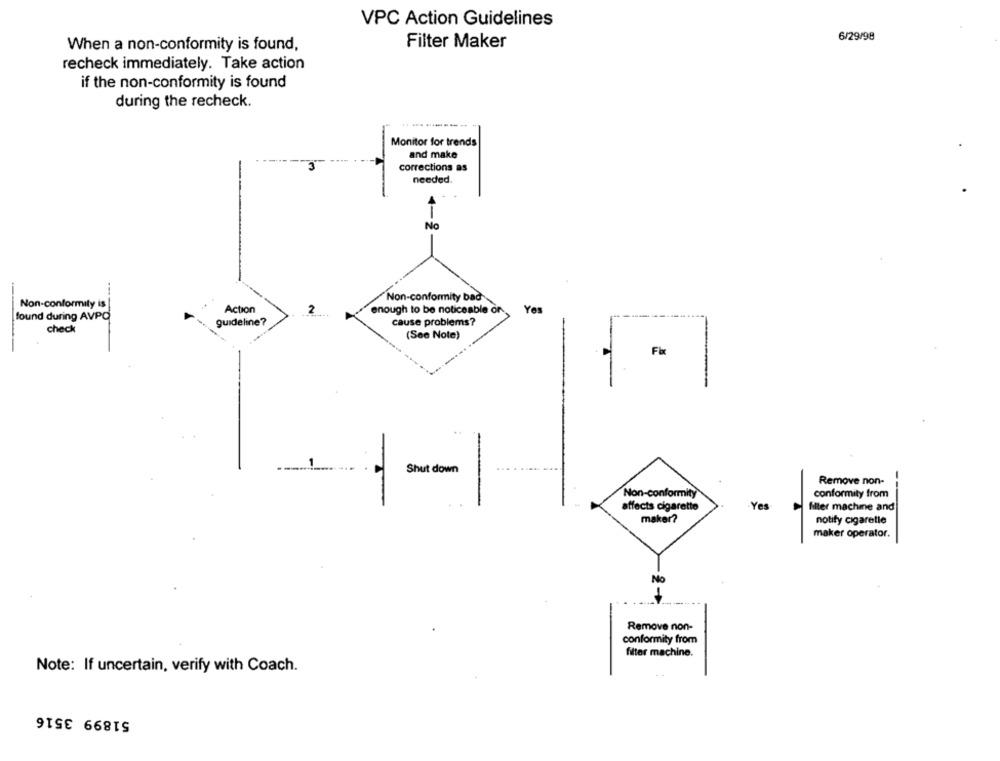
VPC Action Guidelines
6/29/98
Filter Maker
When a non-conformity is found,
recheck immediately. Take action
if the non-conformity is found
during the recheck.
Monitor for trends
and make
corrections as
needed.
No
Non-conformity bad
Non-conformity is
Action
2
enough to be noticeable or
Yes
found during AVPO
check
guideline?
cause problems?
(See Note)
Fix
Shut down
Remove non-
Non-conformity
conformity from
affects cigarette
Yes
filler machine and
maker?
notify cigaretle
maker operator.
No
Remove non-
conformity from
filter machine.
Note: If uncertain, verify with Coach.
51899 3516